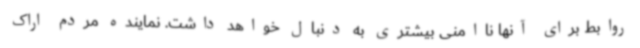
روابط برای آنها ناامنی بیشتری به دنبال خواهد داشت. نماینده مردم اراک